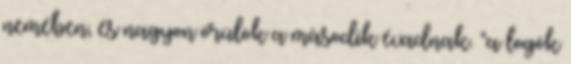
nemében, és nagyon örülök a második évadnak. “a logók